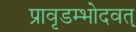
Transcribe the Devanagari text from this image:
प्रावृडम्भोदवत्